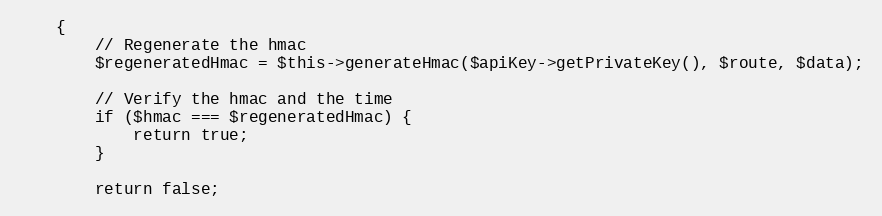
Language: PHP
    {
        // Regenerate the hmac
        $regeneratedHmac = $this->generateHmac($apiKey->getPrivateKey(), $route, $data);

        // Verify the hmac and the time
        if ($hmac === $regeneratedHmac) {
            return true;
        }

        return false;